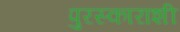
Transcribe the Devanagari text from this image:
पुरस्काराशी